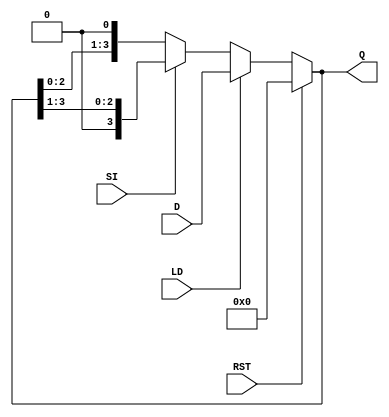
module async_shift_counter (
    input wire SI,         // Shift Input
    input wire LD,         // Load Input
    input wire RST,        // Reset Input
    input wire [3:0] D,    // Data Input for loading
    output reg [3:0] Q     // Counter Output
);

    always @(*) begin
        if (RST) begin
            // Reset the counter to zero
            Q = 4'b0000;
        end else if (LD) begin
            // Load the specified value into the counter
            Q = D;
        end else begin
            // Shift operation
            if (SI) begin
                // Right shift
                Q = {1'b0, Q[3:1]}; // Shift right with zero fill
            end else begin
                // Left shift
                Q = {Q[2:0], 1'b0}; // Shift left with zero fill
            end
        end
    end

endmodule